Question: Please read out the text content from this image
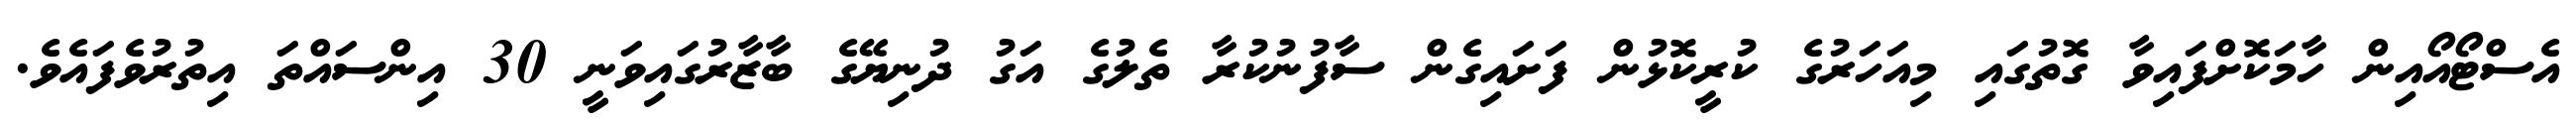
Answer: އެސްޓޯއޯއިން ހާމަކޮށްފައިވާ ގޮތުގައި މިއަހަރުގެ ކުރީކޮޅުން ފަށައިގެން ސާފުނުކުރާ ތެލުގެ އަގު ދުނިޔޭގެ ބާޒާރުގައިވަނީ 30 އިންސައްތަ އިތުރުވެފައެވެ.